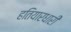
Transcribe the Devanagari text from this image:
हतियारधारी